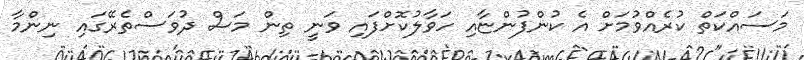
މަސައްކަތް ކުރެއްވުމަށް އެ ކުންފުންޏާއި ހަވާލުކޮށްފައި ވަނީ ތިން މަސް ދުވަސްތެރޭގައި ނިންމާ